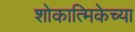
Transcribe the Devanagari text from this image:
शोकात्मिकेच्या